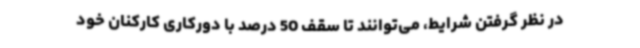
در نظر گرفتن شرایط، می‌توانند تا سقف 50 درصد با دورکاری کارکنان خود